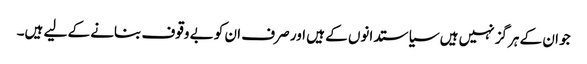
جو ان کے ہرگز نہیں ہیں سیاستدانوں کے ہیں اور صرف ان کو بے وقوف بنانے کے لیے ہیں۔